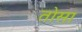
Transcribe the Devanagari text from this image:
तोसा